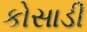
કોસાડી